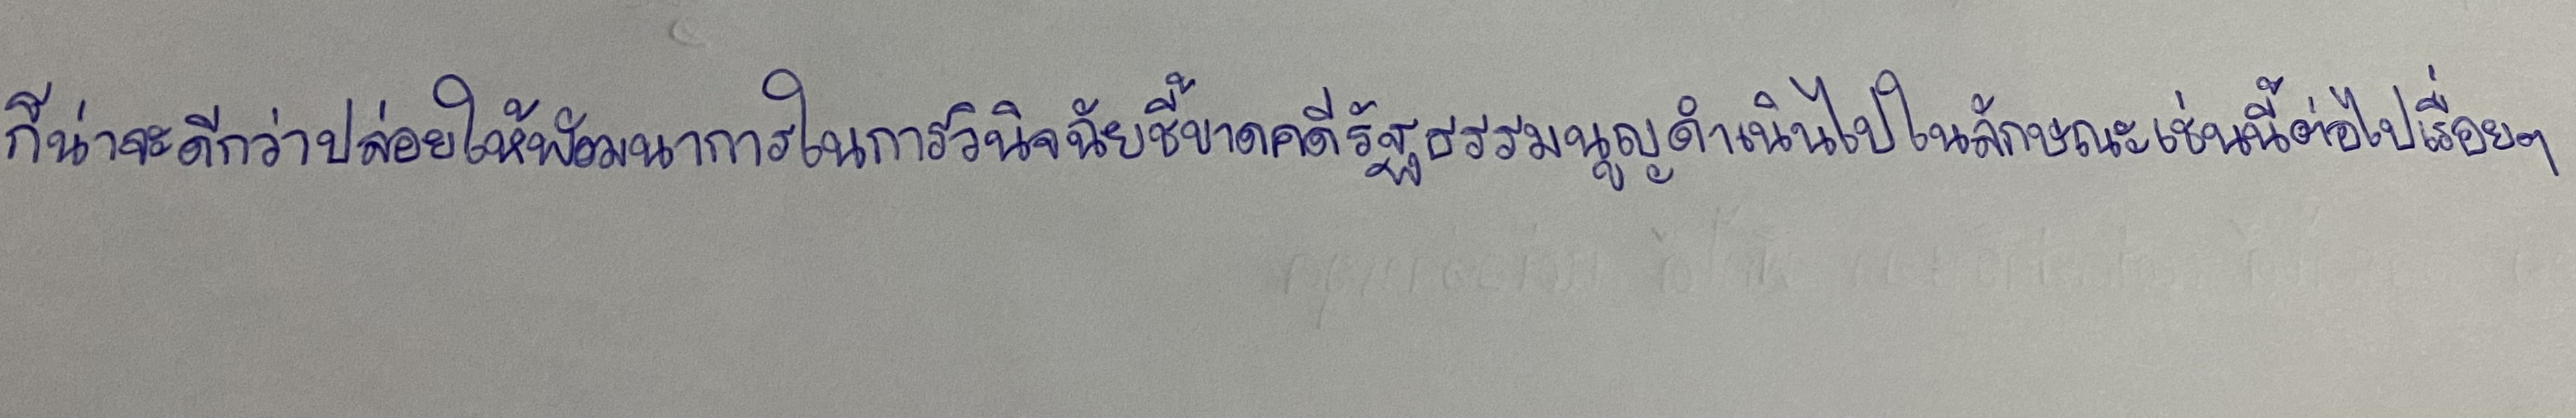
ก็น่าจะดีกว่าปล่อยให้พัฒนาการในการวินิจฉัยชี้ขาดคดีรัฐธรรมนูญดำเนินไปในลักษณะเช่นนี้ต่อไปเรื่อยๆ